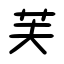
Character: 芙